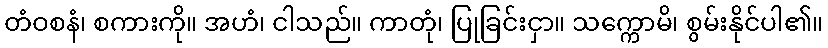
တံဝစနံ၊ စကားကို။ အဟံ၊ ငါသည်။ ကာတုံ၊ ပြုခြင်းငှာ။ သက္ကောမိ၊ စွမ်းနိုင်ပါ၏။